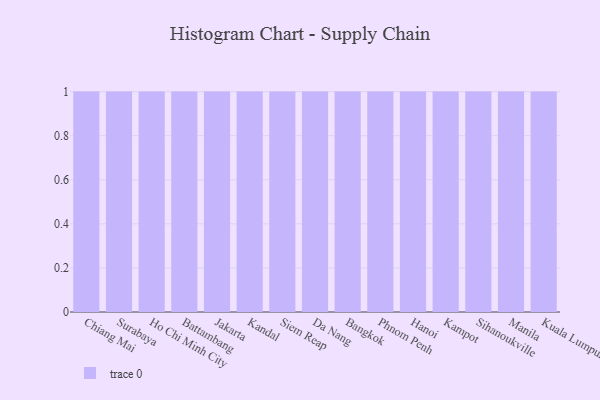
{"axis": {"x": "City", "y": "Revenue (USD Million)"}, "legend": [""], "data": [{"x": "Chiang Mai", "y": 55, "type": ""}, {"x": "Surabaya", "y": 60, "type": ""}, {"x": "Ho Chi Minh City", "y": 58, "type": ""}, {"x": "Battambang", "y": 30, "type": ""}, {"x": "Jakarta", "y": 89, "type": ""}, {"x": "Kandal", "y": 57, "type": ""}, {"x": "Siem Reap", "y": 13, "type": ""}, {"x": "Da Nang", "y": 17, "type": ""}, {"x": "Bangkok", "y": 41, "type": ""}, {"x": "Phnom Penh", "y": 57, "type": ""}, {"x": "Hanoi", "y": 2, "type": ""}, {"x": "Kampot", "y": 89, "type": ""}, {"x": "Sihanoukville", "y": 11, "type": ""}, {"x": "Manila", "y": 31, "type": ""}, {"x": "Kuala Lumpur", "y": 35, "type": ""}]}